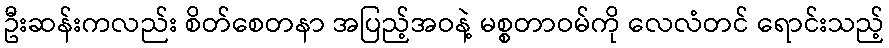
ဦးဆန်းကလည်း စိတ်စေတနာ အပြည့်အဝနဲ့ မစ္စတာဝမ်ကို လေလံတင် ရောင်းသည့်